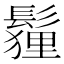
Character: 𩮞